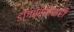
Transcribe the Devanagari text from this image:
डोंगररांगेचाही